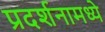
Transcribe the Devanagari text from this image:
प्रदर्शनामध्ये